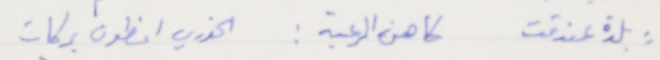
بلدة عندقت كاهن الرعية: الخوري انطون بركات